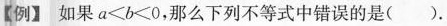
【例】如果$$a < b < 0$$那么下列不等式中错误的是( ).